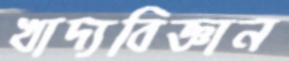
খাদ্যবিজ্ঞান